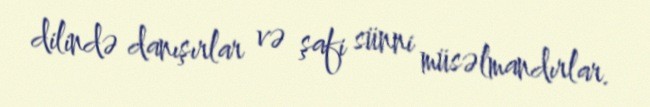
dilində danışırlar və şafi sünni müsəlmandırlar.